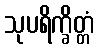
သုပရိက္ခိတ္တံ